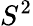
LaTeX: S^{2}